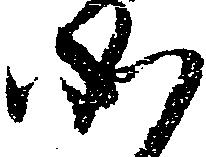
如